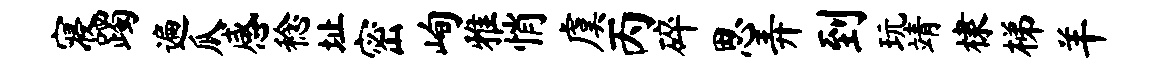
寝躅遍瓜感稔址密峋雅悄虞丙碎思弄到玩靖棣梯羊